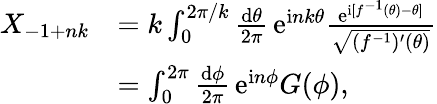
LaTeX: \begin{array}{rl}{X_{-1+nk}}&{=k\int_{0}^{2\pi/k}\frac{\mathrm{d}\theta}{2\pi}\, \mathrm{e}^{\mathrm{i}nk\theta}\frac{\mathrm{e}^{\mathrm{i}[f^{-1}(\theta)-\theta]}}{\sqrt{(f^{-1})^{\prime}(\theta)}}}\\ &{=\int_{0}^{2\pi}\frac{\mathrm{d}\phi}{2\pi}\, \mathrm{e}^{\mathrm{i}n\phi}G(\phi),}\end{array}